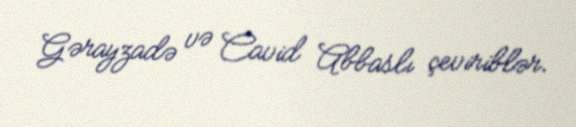
Gərayzadə və Cavid Abbaslı çeviriblər.